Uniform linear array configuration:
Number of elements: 24
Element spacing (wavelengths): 1
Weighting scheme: hann
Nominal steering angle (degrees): -15
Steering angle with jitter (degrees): -15.153
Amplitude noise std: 0.05
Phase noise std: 0.05

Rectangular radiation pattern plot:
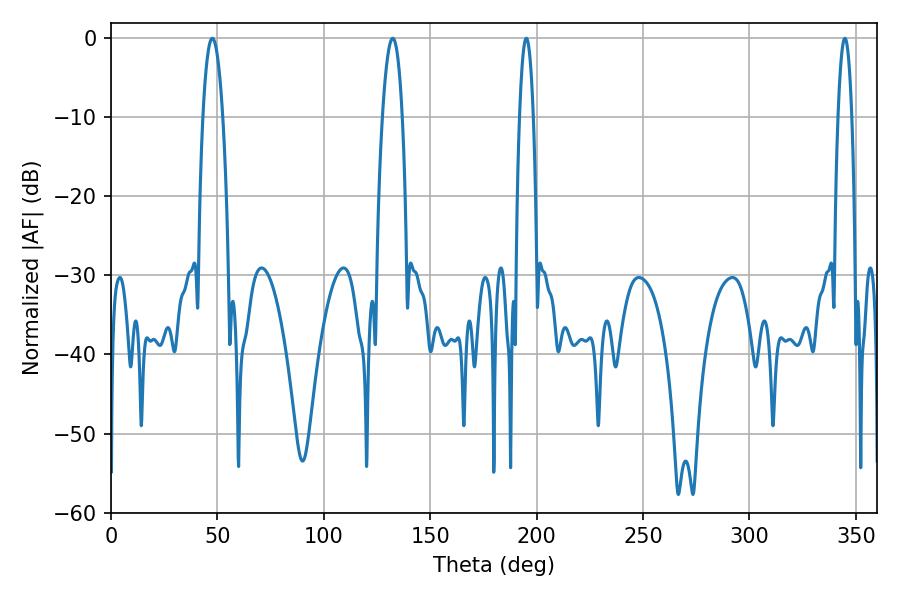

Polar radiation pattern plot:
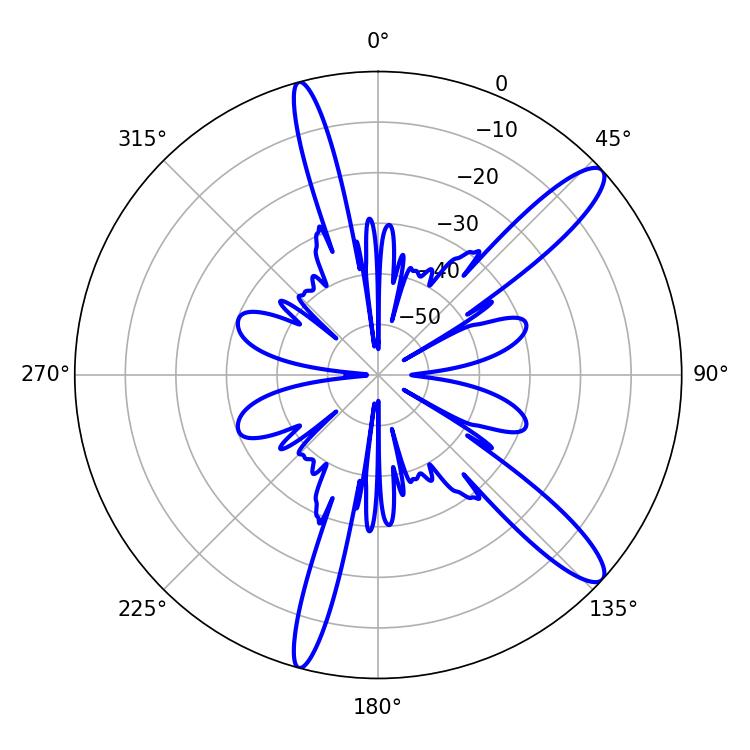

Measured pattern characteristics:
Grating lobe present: TRUE
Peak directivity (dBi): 12.653
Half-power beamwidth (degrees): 3.6
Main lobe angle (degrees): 195.12